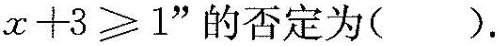
$$x+3\geqslant 1$$”的否定为().